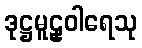
ဒုဋ္ဌမူဠှဝါရေသု